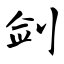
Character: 剑